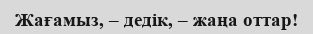
Жағамыз, – дедік, – жаңа оттар!